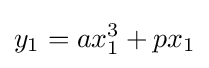
y_{1}=ax_{1}^{3}+px_{1}